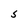
Character: S